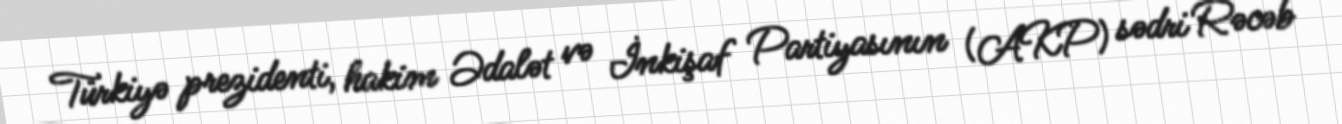
Türkiyə prezidenti, hakim Ədalət və İnkişaf Partiyasının (AKP) sədri Rəcəb